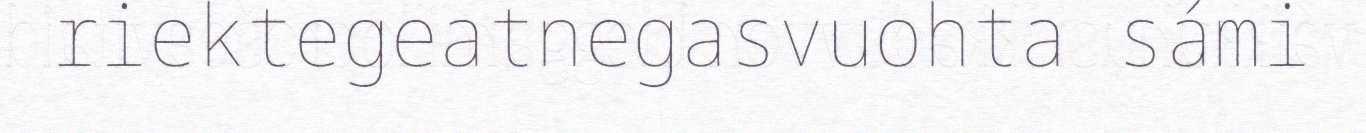
riektegeatnegasvuohta sámi